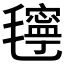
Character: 𰚴